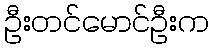
ဦးတင်မောင်ဦးက